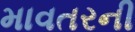
માવતરની